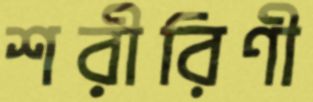
শরীরিণী